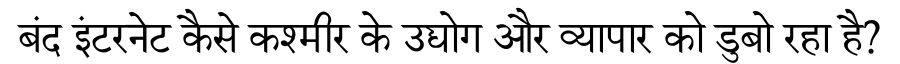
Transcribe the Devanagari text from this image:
बंद इंटरनेट कैसे कश्मीर के उद्योग और व्यापार को डुबो रहा है?